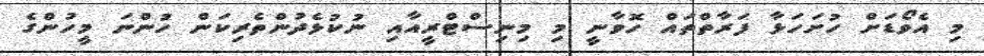
މި އެވޯޑަށް ހުށަހަޅާ ފަރާތްތައް ހޮވާނީ މި މިނިސްޓްރީއާއި ނުކުޅެދުންތެރިކަން ހުންނަ މީހުންގެ